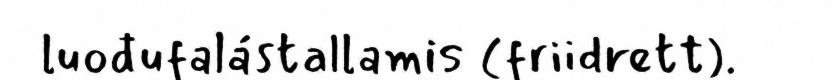
luođufalástallamis (friidrett).